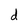
Character: d